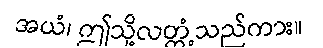
အယံ၊ ဤသို့လတ္တံ့သည်ကား။